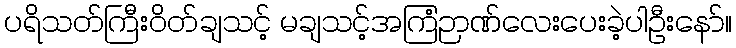
ပရိသတ်ကြီးဝိတ်ချသင့် မချသင့်အကြံဉာဏ်လေးပေးခဲ့ပါဦးနော်။